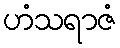
ဟံသရာဇံ